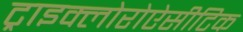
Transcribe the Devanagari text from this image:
ट्राइक्लोरोऐसीटिक